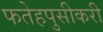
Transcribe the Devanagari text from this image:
फतेहपुसीकरी